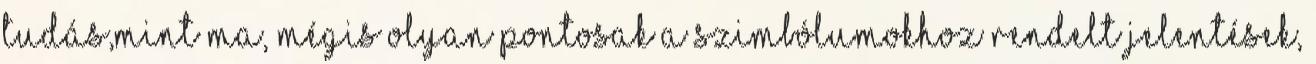
tudás,mint ma, mégis olyan pontosak a szimbólumokhoz rendelt jelentések,